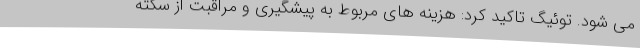
می شود. توئیگ تاکید کرد: هزینه های مربوط به پیشگیری و مراقبت از سکته